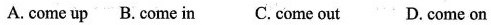
A. come up B.Come in C. Come out D. Come on